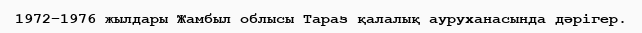
1972–1976 жылдары Жамбыл облысы Тараз қалалық ауруханасында дәрігер.